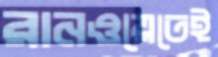
রানওয়েতেই